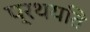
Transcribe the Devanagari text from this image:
प्रथयति